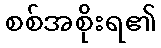
စစ်အစိုးရ၏